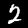
Digit: 2